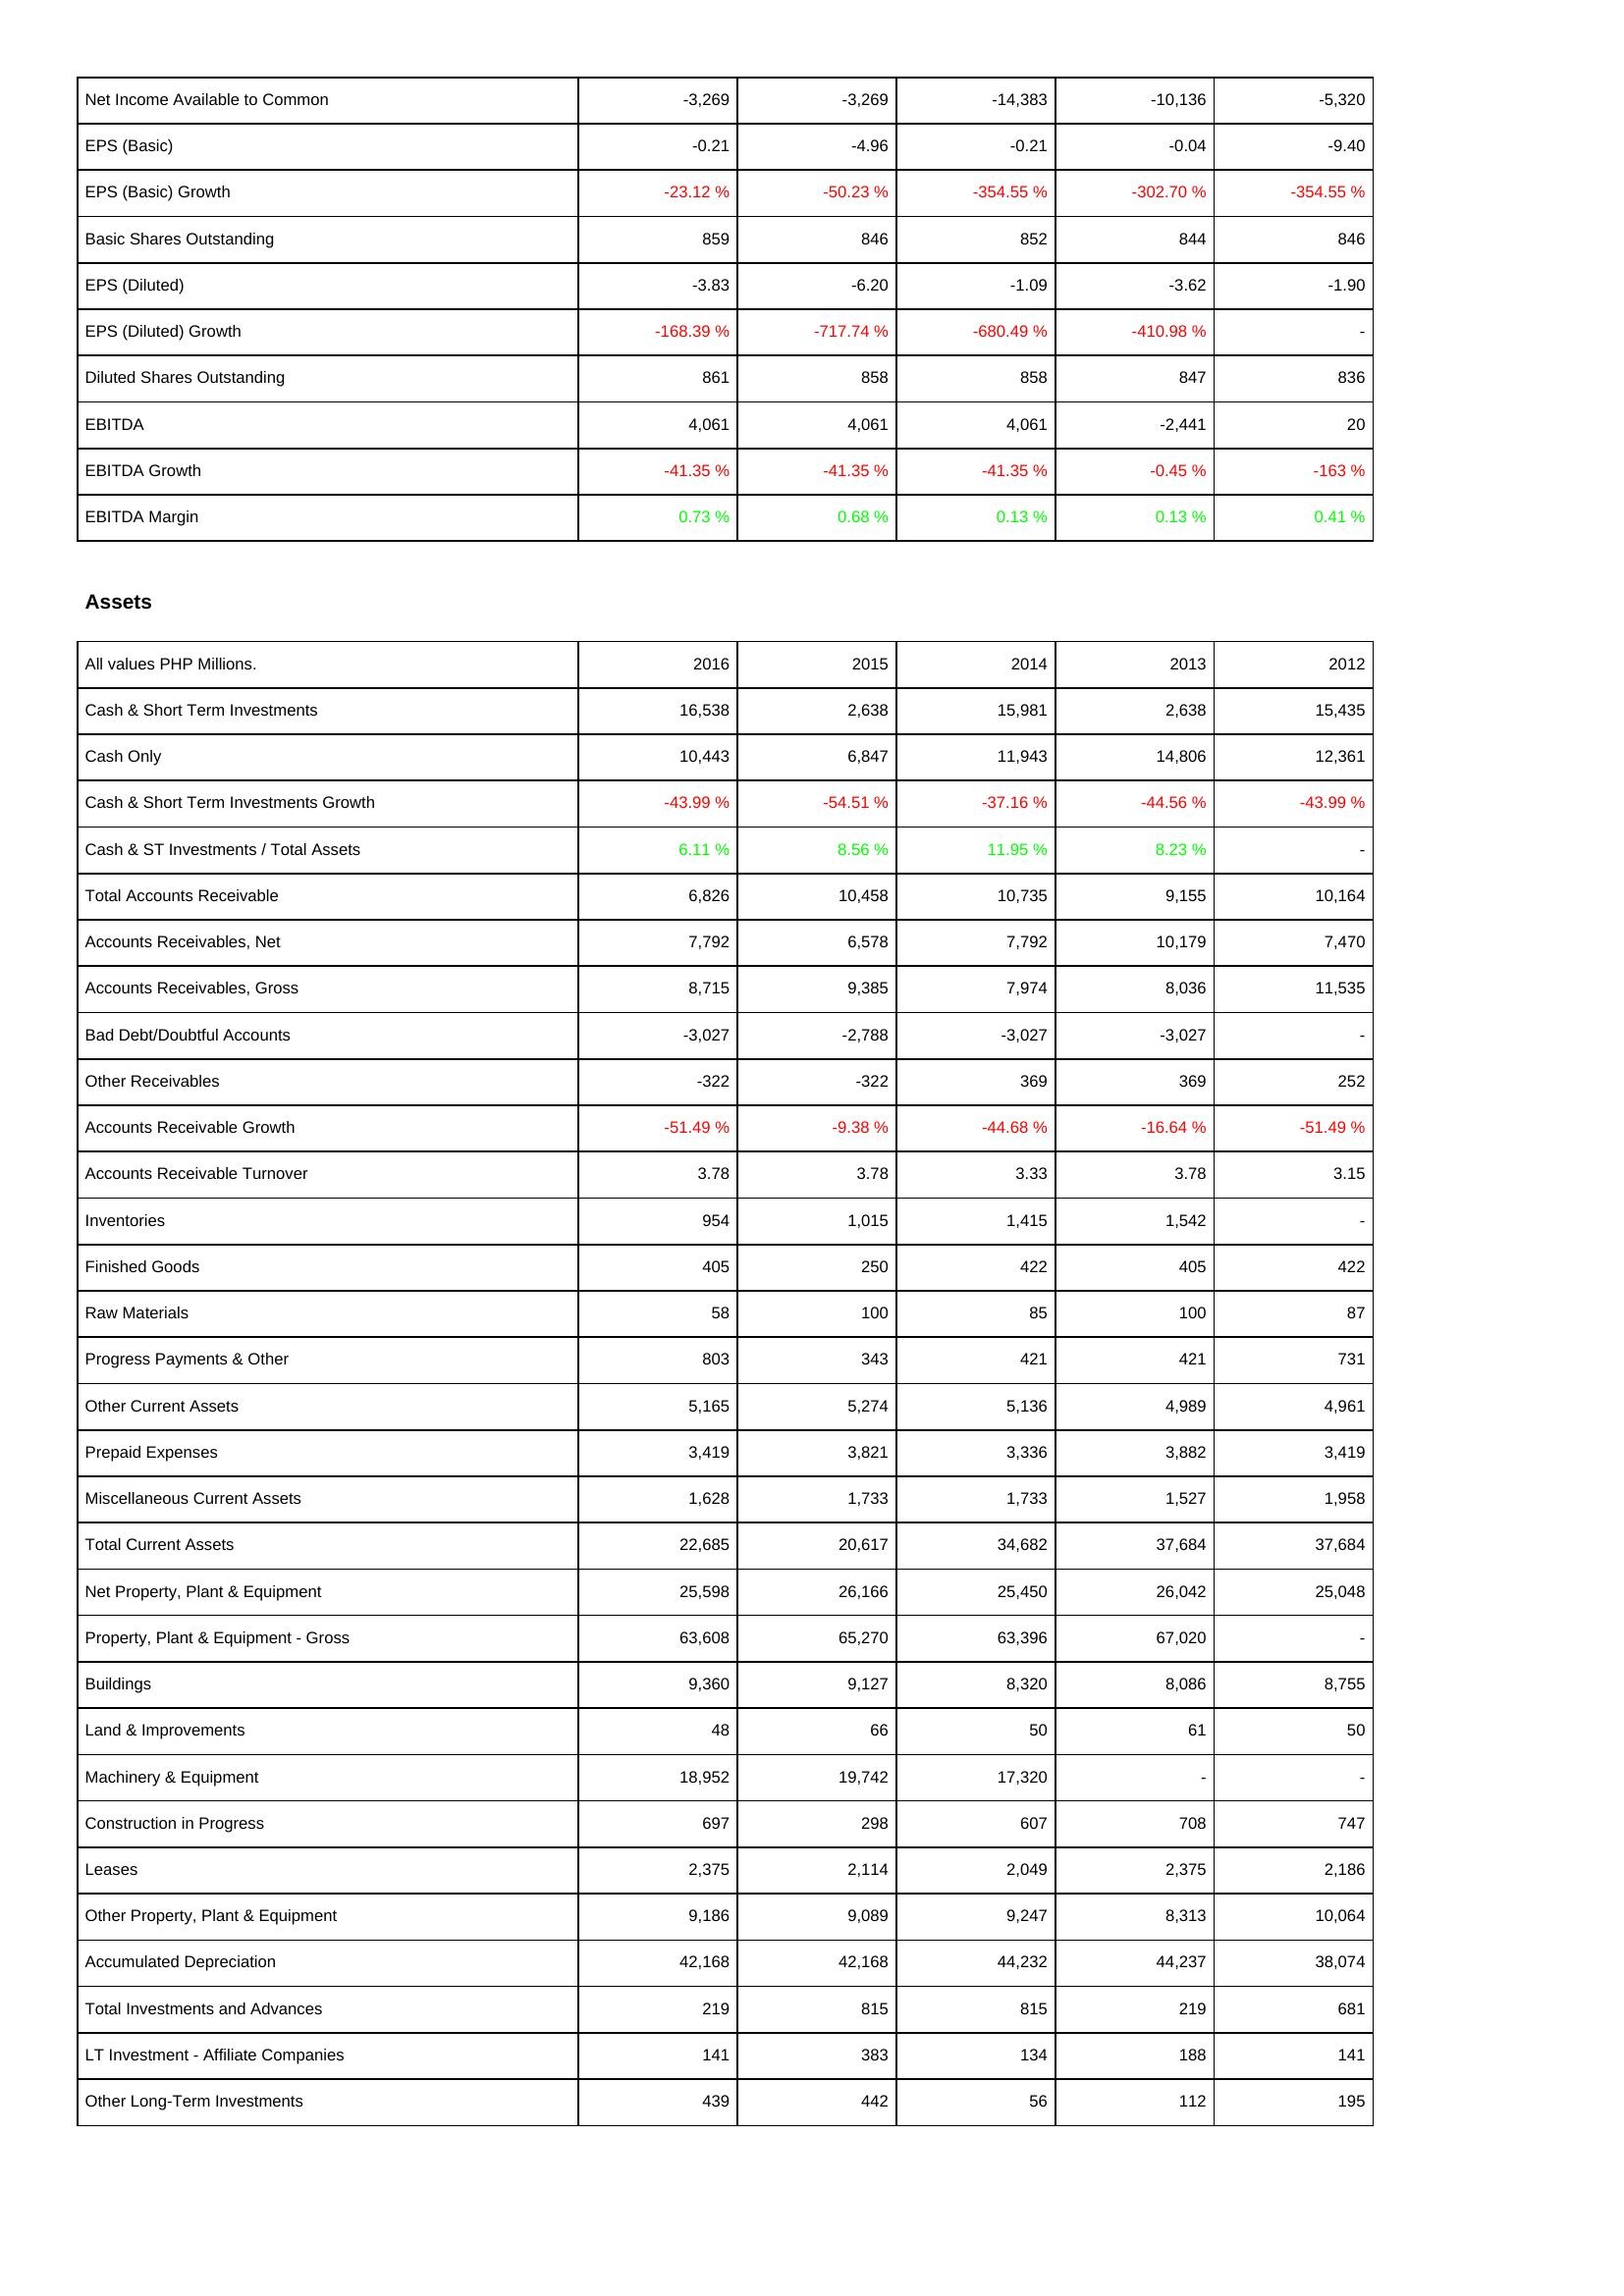
2016: Income Statement: Net Income Available to Common: -3,269
EPS (Basic): -0.21
EPS (Basic) Growth: -23.12 %
Basic Shares Outstanding: 859
EPS (Diluted): -3.83
EPS (Diluted) Growth: -168.39 %
Diluted Shares Outstanding: 861
EBITDA: 4,061
EBITDA Growth: -41.35 %
EBITDA Margin: 0.73 %
Assets: Cash & Short Term Investments: 16,538
Cash Only: 10,443
Cash & Short Term Investments Growth: -43.99 %
Cash & ST Investments / Total Assets: 6.11 %
Total Accounts Receivable: 6,826
Accounts Receivables, Net: 7,792
Accounts Receivables, Gross: 8,715
Bad Debt/Doubtful Accounts: -3,027
Other Receivables: -322
Accounts Receivable Growth: -51.49 %
Accounts Receivable Turnover: 3.78
Inventories: 954
Finished Goods: 405
Raw Materials: 58
Progress Payments & Other: 803
Other Current Assets: 5,165
Prepaid Expenses: 3,419
Miscellaneous Current Assets: 1,628
Total Current Assets: 22,685
Net Property, Plant & Equipment: 25,598
Property, Plant & Equipment - Gross: 63,608
Buildings: 9,360
Land & Improvements: 48
Machinery & Equipment: 18,952
Construction in Progress: 697
Leases: 2,375
Other Property, Plant & Equipment: 9,186
Accumulated Depreciation: 42,168
Total Investments and Advances: 219
LT Investment - Affiliate Companies: 141
Other Long-Term Investments: 439
2015: Income Statement: Net Income Available to Common: -3,269
EPS (Basic): -4.96
EPS (Basic) Growth: -50.23 %
Basic Shares Outstanding: 846
EPS (Diluted): -6.20
EPS (Diluted) Growth: -717.74 %
Diluted Shares Outstanding: 858
EBITDA: 4,061
EBITDA Growth: -41.35 %
EBITDA Margin: 0.68 %
Assets: Cash & Short Term Investments: 2,638
Cash Only: 6,847
Cash & Short Term Investments Growth: -54.51 %
Cash & ST Investments / Total Assets: 8.56 %
Total Accounts Receivable: 10,458
Accounts Receivables, Net: 6,578
Accounts Receivables, Gross: 9,385
Bad Debt/Doubtful Accounts: -2,788
Other Receivables: -322
Accounts Receivable Growth: -9.38 %
Accounts Receivable Turnover: 3.78
Inventories: 1,015
Finished Goods: 250
Raw Materials: 100
Progress Payments & Other: 343
Other Current Assets: 5,274
Prepaid Expenses: 3,821
Miscellaneous Current Assets: 1,733
Total Current Assets: 20,617
Net Property, Plant & Equipment: 26,166
Property, Plant & Equipment - Gross: 65,270
Buildings: 9,127
Land & Improvements: 66
Machinery & Equipment: 19,742
Construction in Progress: 298
Leases: 2,114
Other Property, Plant & Equipment: 9,089
Accumulated Depreciation: 42,168
Total Investments and Advances: 815
LT Investment - Affiliate Companies: 383
Other Long-Term Investments: 442
2014: Income Statement: Net Income Available to Common: -14,383
EPS (Basic): -0.21
EPS (Basic) Growth: -354.55 %
Basic Shares Outstanding: 852
EPS (Diluted): -1.09
EPS (Diluted) Growth: -680.49 %
Diluted Shares Outstanding: 858
EBITDA: 4,061
EBITDA Growth: -41.35 %
EBITDA Margin: 0.13 %
Assets: Cash & Short Term Investments: 15,981
Cash Only: 11,943
Cash & Short Term Investments Growth: -37.16 %
Cash & ST Investments / Total Assets: 11.95 %
Total Accounts Receivable: 10,735
Accounts Receivables, Net: 7,792
Accounts Receivables, Gross: 7,974
Bad Debt/Doubtful Accounts: -3,027
Other Receivables: 369
Accounts Receivable Growth: -44.68 %
Accounts Receivable Turnover: 3.33
Inventories: 1,415
Finished Goods: 422
Raw Materials: 85
Progress Payments & Other: 421
Other Current Assets: 5,136
Prepaid Expenses: 3,336
Miscellaneous Current Assets: 1,733
Total Current Assets: 34,682
Net Property, Plant & Equipment: 25,450
Property, Plant & Equipment - Gross: 63,396
Buildings: 8,320
Land & Improvements: 50
Machinery & Equipment: 17,320
Construction in Progress: 607
Leases: 2,049
Other Property, Plant & Equipment: 9,247
Accumulated Depreciation: 44,232
Total Investments and Advances: 815
LT Investment - Affiliate Companies: 134
Other Long-Term Investments: 56
2013: Income Statement: Net Income Available to Common: -10,136
EPS (Basic): -0.04
EPS (Basic) Growth: -302.70 %
Basic Shares Outstanding: 844
EPS (Diluted): -3.62
EPS (Diluted) Growth: -410.98 %
Diluted Shares Outstanding: 847
EBITDA: -2,441
EBITDA Growth: -0.45 %
EBITDA Margin: 0.13 %
Assets: Cash & Short Term Investments: 2,638
Cash Only: 14,806
Cash & Short Term Investments Growth: -44.56 %
Cash & ST Investments / Total Assets: 8.23 %
Total Accounts Receivable: 9,155
Accounts Receivables, Net: 10,179
Accounts Receivables, Gross: 8,036
Bad Debt/Doubtful Accounts: -3,027
Other Receivables: 369
Accounts Receivable Growth: -16.64 %
Accounts Receivable Turnover: 3.78
Inventories: 1,542
Finished Goods: 405
Raw Materials: 100
Progress Payments & Other: 421
Other Current Assets: 4,989
Prepaid Expenses: 3,882
Miscellaneous Current Assets: 1,527
Total Current Assets: 37,684
Net Property, Plant & Equipment: 26,042
Property, Plant & Equipment - Gross: 67,020
Buildings: 8,086
Land & Improvements: 61
Machinery & Equipment: -
Construction in Progress: 708
Leases: 2,375
Other Property, Plant & Equipment: 8,313
Accumulated Depreciation: 44,237
Total Investments and Advances: 219
LT Investment - Affiliate Companies: 188
Other Long-Term Investments: 112
2012: Income Statement: Net Income Available to Common: -5,320
EPS (Basic): -9.40
EPS (Basic) Growth: -354.55 %
Basic Shares Outstanding: 846
EPS (Diluted): -1.90
EPS (Diluted) Growth: -
Diluted Shares Outstanding: 836
EBITDA: 20
EBITDA Growth: -163 %
EBITDA Margin: 0.41 %
Assets: Cash & Short Term Investments: 15,435
Cash Only: 12,361
Cash & Short Term Investments Growth: -43.99 %
Cash & ST Investments / Total Assets: -
Total Accounts Receivable: 10,164
Accounts Receivables, Net: 7,470
Accounts Receivables, Gross: 11,535
Bad Debt/Doubtful Accounts: -
Other Receivables: 252
Accounts Receivable Growth: -51.49 %
Accounts Receivable Turnover: 3.15
Inventories: -
Finished Goods: 422
Raw Materials: 87
Progress Payments & Other: 731
Other Current Assets: 4,961
Prepaid Expenses: 3,419
Miscellaneous Current Assets: 1,958
Total Current Assets: 37,684
Net Property, Plant & Equipment: 25,048
Property, Plant & Equipment - Gross: -
Buildings: 8,755
Land & Improvements: 50
Machinery & Equipment: -
Construction in Progress: 747
Leases: 2,186
Other Property, Plant & Equipment: 10,064
Accumulated Depreciation: 38,074
Total Investments and Advances: 681
LT Investment - Affiliate Companies: 141
Other Long-Term Investments: 195